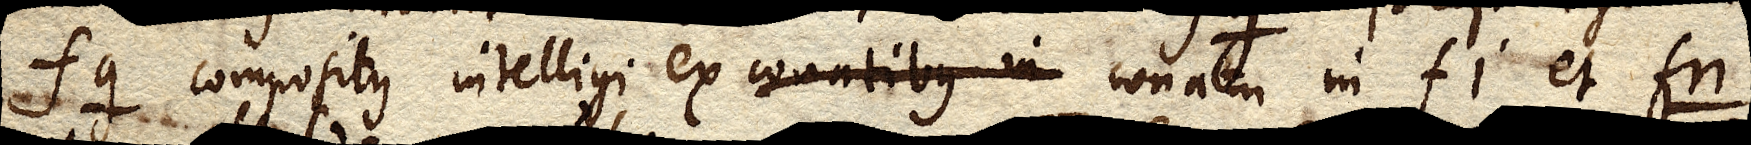
fg. compositus intelligi ex conatibus in conatu in fi et fn